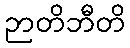
ဉာတိဘီတိ